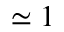
\simeq 1